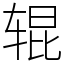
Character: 辊